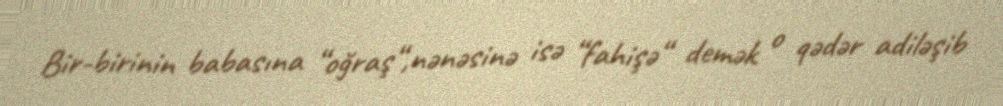
Bir-birinin babasına “oğraş“,nənəsinə isə “fahişə“ demək o qədər adiləşib